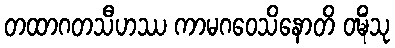
တထာဂတသီဟဿ ကာမဂဝေသိနောတိ ဝဍ္ဎိံသု